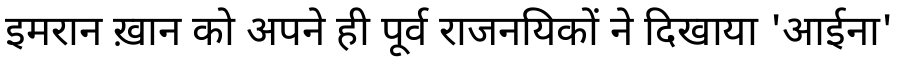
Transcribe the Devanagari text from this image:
इमरान ख़ान को अपने ही पूर्व राजनयिकों ने दिखाया 'आईना'